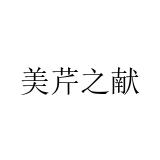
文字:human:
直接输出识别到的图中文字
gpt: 美芹之献